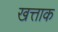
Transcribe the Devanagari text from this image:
खत्ताक